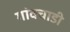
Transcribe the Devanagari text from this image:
गांवचाडी